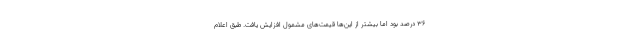
۳۶ درصد بود اما بیشتر از این‌ها قیمت‌های مشمول افزایش یافت. طبق اعلام